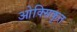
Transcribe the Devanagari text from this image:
ओक्सिकृत